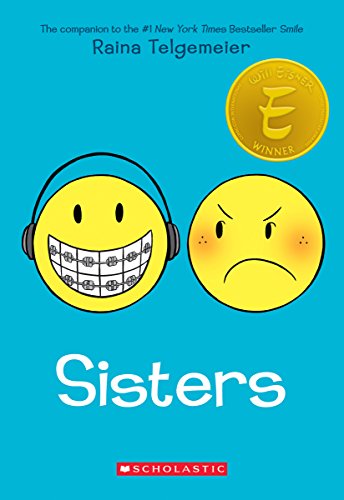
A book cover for Sisters; Raina Telgemeier; Children's Books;